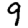
Digit: 9